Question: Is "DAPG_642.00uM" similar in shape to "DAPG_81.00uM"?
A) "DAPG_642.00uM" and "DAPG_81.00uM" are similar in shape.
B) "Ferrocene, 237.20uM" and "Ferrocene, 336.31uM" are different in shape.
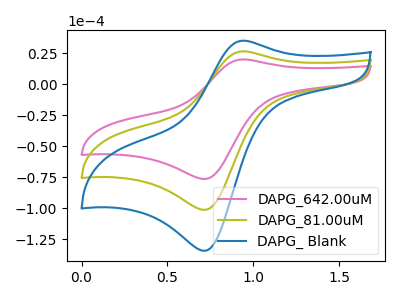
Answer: <think>The pink curve "DAPG_642.00uM" has an anodic peak at (0.95V, 20.00uA) and a cathodic peak at (0.75V, -76.50uA). The olive curve "DAPG_81.00uM" has an anodic peak at (0.95V, 26.50uA) and a cathodic peak at (0.75V, -101.40uA). The blue curve "DAPG_ Blank" has an anodic peak at (0.95V, 53.00uA) and a cathodic peak at (0.75V, -202.80uA).
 All the peaks in "DAPG_642.00uM" have a peak in "DAPG_81.00uM" at the same potential. Every peak in "DAPG_642.00uM" is lower than every peak in "DAPG_81.00uM".</think>
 <answer>A) "DAPG_642.00uM" and "DAPG_81.00uM" are similar in shape.</answer>
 <eval>A</eval>